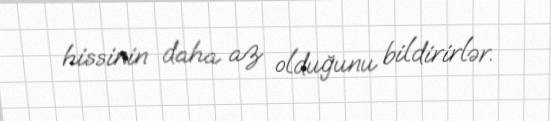
hissinin daha az olduğunu bildirirlər.